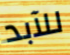
للآبد